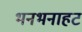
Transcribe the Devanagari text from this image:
भनभनाहट